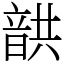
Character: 𩐠